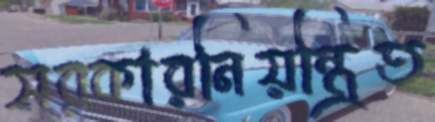
সরকারনিয়ন্ত্রিত